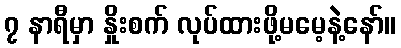
၇ နာရီမှာ နှိုးစက် လုပ်ထားဖို့မမေ့နဲ့နော်။